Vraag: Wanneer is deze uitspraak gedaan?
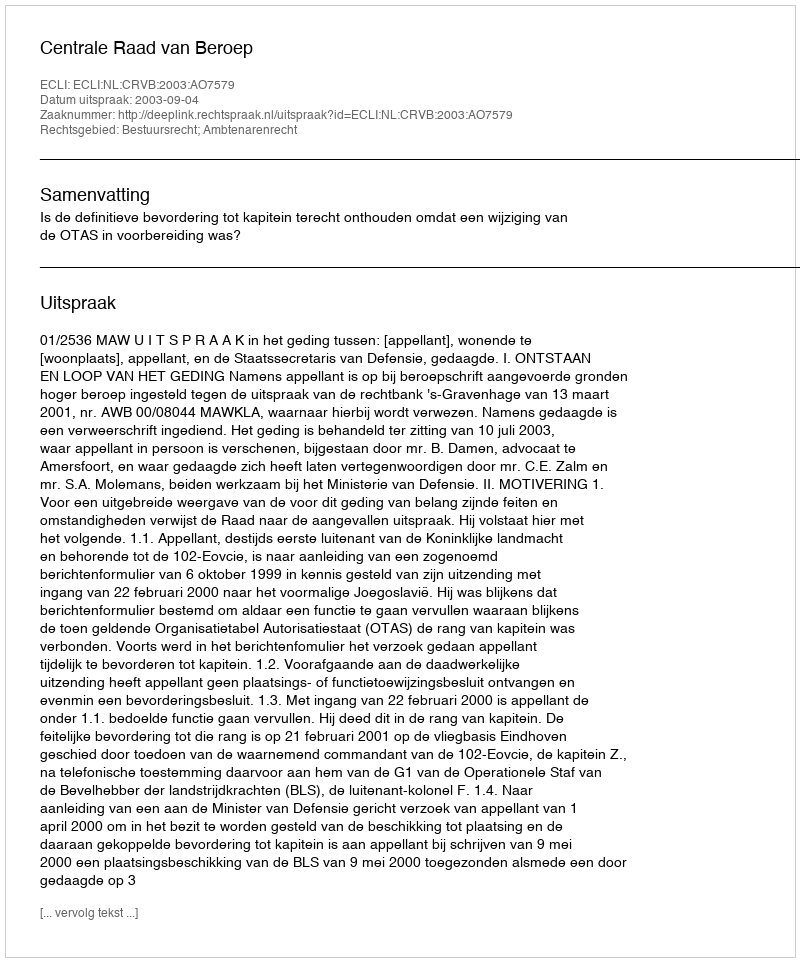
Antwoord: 2003-09-04